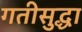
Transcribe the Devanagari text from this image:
गतीसुद्धा